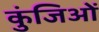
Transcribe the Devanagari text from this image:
कुंजिओं